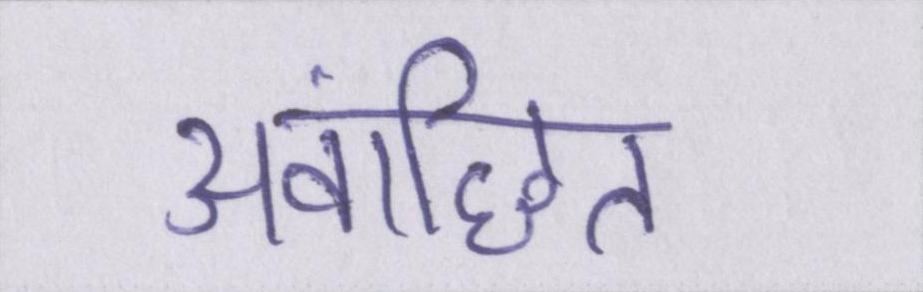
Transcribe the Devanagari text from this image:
अवांछित